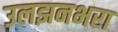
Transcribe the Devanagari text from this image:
उलझनभरा